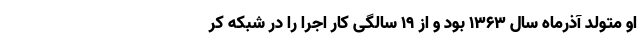
او متولد آذرماه سال 1363 بود و از 19 سالگی کار اجرا را در شبکه کر